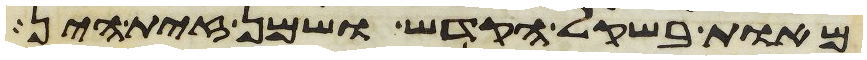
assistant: מאות בשקל הקדש ושמן זית הין